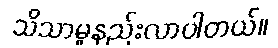
သိသာမှုနည်းလာပါတယ်။